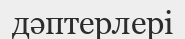
дәптерлері